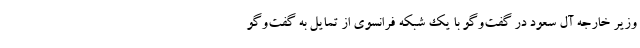
وزیر خارجه آل سعود در گفت‌‌وگو با یک شبکه فرانسوی از تمایل به گفت‌و‌گو